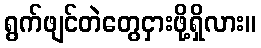
ရွက်ဖျင်တဲတွေငှားဖို့ရှိလား။